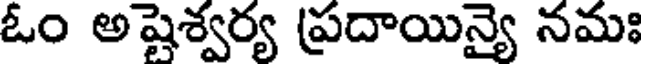
ఓం అషెశ్వర్య ప్రదాయిన్యై నమః